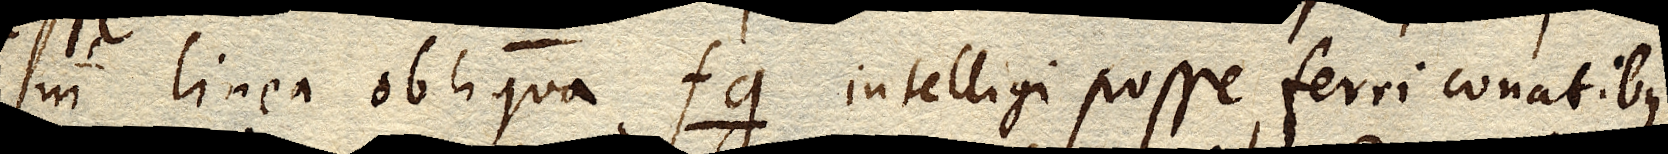
in linea obliqua fg. intelligi posse ferri conatibus